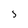
Character: 5